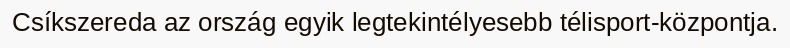
Csíkszereda az ország egyik legtekintélyesebb télisport-központja.